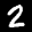
Label: 2